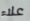
علاء